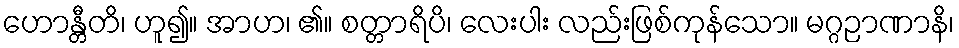
ဟောန္တီတိ၊ ဟူ၍။ အာဟ၊ ၏။ စတ္တာရိပိ၊ လေးပါး လည်းဖြစ်ကုန်သော။ မဂ္ဂဉာဏာနိ၊